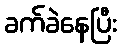
ခက်ခဲနေပြီး